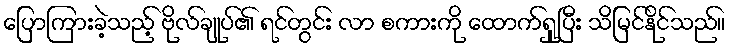
ပြောကြားခဲ့သည့် ဗိုလ်ချုပ်၏ ရင်တွင်း လာ စကားကို ထောက်ရှုပြီး သိမြင်နိုင်သည်။